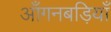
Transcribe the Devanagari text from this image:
आँगनबड़ियाँ